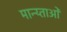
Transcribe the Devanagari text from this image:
मान्य्ताओं